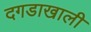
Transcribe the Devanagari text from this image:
दगडाखाली